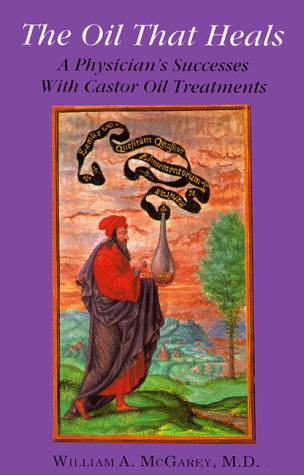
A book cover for The Oil That Heals: A Physician's Successes With Castor Oil Treatments; William A.; Health, Fitness & Dieting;